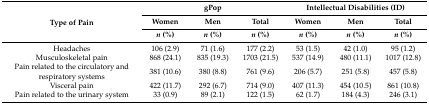
<table><thead><tr><td rowspan="3"><b>Type of Pain</b></td><td colspan="3"><b>gPop</b></td><td colspan="3"><b>Intellectual Disabilities (ID)</b></td></tr><tr><td><b>Women</b></td><td><b>Men</b></td><td><b>Total</b></td><td><b>Women</b></td><td><b>Men</b></td><td><b>Total</b></td></tr><tr><td><b><i>n</i> (%)</b></td><td><b><i>n</i> (%)</b></td><td><b><i>n</i> (%)</b></td><td><b><i>n</i> (%)</b></td><td><b><i>n</i> (%)</b></td><td><b><i>n</i> (%)</b></td></tr></thead><tbody><tr><td>Headaches</td><td>106 (2.9)</td><td>71 (1.6)</td><td>177 (2.2)</td><td>53 (1.5)</td><td>42 (1.0)</td><td>95 (1.2)</td></tr><tr><td>Musculoskeletal pain</td><td>868 (24.1)</td><td>835 (19.3)</td><td>1703 (21.5)</td><td>537 (14.9)</td><td>480 (11.1)</td><td>1017 (12.8)</td></tr><tr><td>Pain related to the circulatory and respiratory systems</td><td>381 (10.6)</td><td>380 (8.8)</td><td>761 (9.6)</td><td>206 (5.7)</td><td>251 (5.8)</td><td>457 (5.8)</td></tr><tr><td>Visceral pain</td><td>422 (11.7)</td><td>292 (6.7)</td><td>714 (9.0)</td><td>407 (11.3)</td><td>454 (10.5)</td><td>861 (10.8)</td></tr><tr><td>Pain related to the urinary system</td><td>33 (0.9)</td><td>89 (2.1)</td><td>122 (1.5)</td><td>62 (1.7)</td><td>184 (4.3)</td><td>246 (3.1)</td></tr></tbody></table>